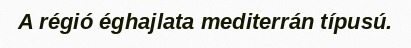
A régió éghajlata mediterrán típusú.